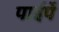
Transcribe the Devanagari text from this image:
पाईपें